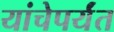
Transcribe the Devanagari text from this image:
यांचेपर्यंत